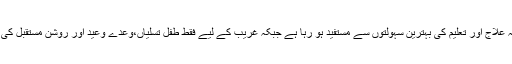
صاحب حیثیت طبقہ علاج اور تعلیم کی بہترین سہولتوں سے مستفید ہو رہا ہے جبکہ غریب کے لیے فقط طفل تسلیاں،وعدے وعید اور روشن مستقبل کی آس اور امیدیں ہیں۔